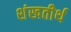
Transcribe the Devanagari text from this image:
शंखतीर्थ